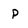
Character: p